画像に写った文字を読んでください
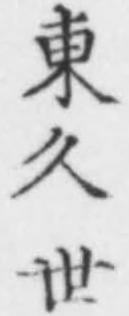
「東久世」と書いてあります